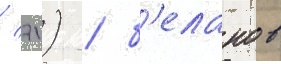
/ 71) / б'еланов